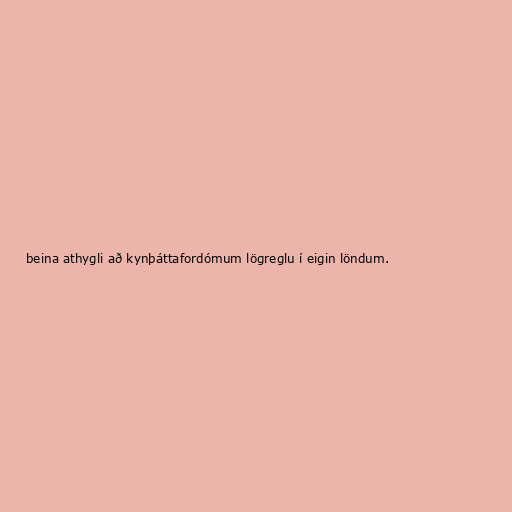
beina athygli að kynþáttafordómum lögreglu í eigin löndum.